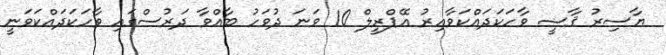
ޔާސިރު ޤާޟީ ވާހަކަދައްކަވާއިރު އޭޕްރީލް 10 ވަނަ ދުވަހު ބާއްވާ ދަރުސްގައި ވާހަކަދައްކަވަނީ